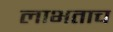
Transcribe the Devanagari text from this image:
लाभताच